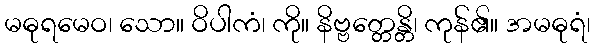
မဓုရမေဝ၊ သော။ ဝိပါကံ၊ ကို။ နိဗ္ဗတ္တေန္တိ၊ ကုန်၏။ အမဓုရံ၊